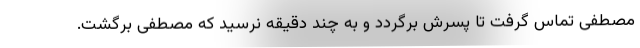
مصطفی تماس گرفت تا پسرش برگردد و به چند دقیقه نرسید که مصطفی برگشت.